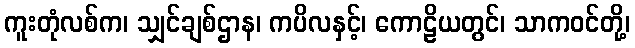
ကူးတုံလစ်က၊ သျှင်ချစ်ဌာန၊ ကပိလနှင့်၊ ကောဠိယတွင်၊ သာကဝင်တို့၊